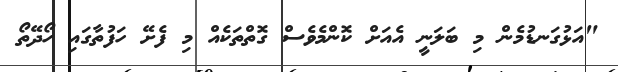
"އަޅުގަނޑުމެން މި ބަލަނީ އެއަށް ކޮންމެވެސް ގޮތްތަކެއް މި ފެށޭ ހަފުތާގައި ހޯދޭތޯ